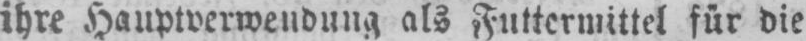
ihre Hauptverwendung als Futtermittel für die